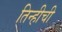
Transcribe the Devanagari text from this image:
तिन्हीची